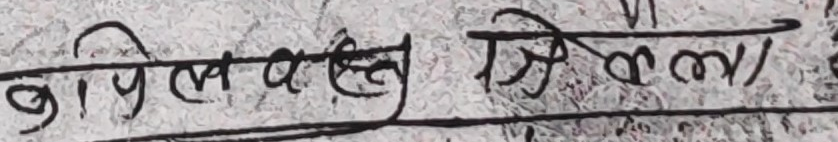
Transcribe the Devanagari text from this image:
बजे लेख्नु जिकेला